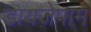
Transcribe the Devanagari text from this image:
डायजे़पाम